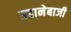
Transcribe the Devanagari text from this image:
बहानेबाजी